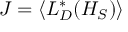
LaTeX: J = \langle L _ { D } ^ { * } ( H _ { S } ) \rangle